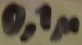
Text: 0,1µ